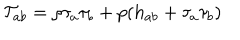
LaTeX: \mathcal { T } _ { a b } = \rho \tau _ { a } \tau _ { b } + p ( h _ { a b } + \tau _ { a } \tau _ { b } )